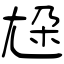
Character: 尮